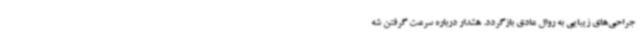
جراحی‌های زیبایی به روال عادی بازگردد. هشدار درباره سرعت گرفتن شه